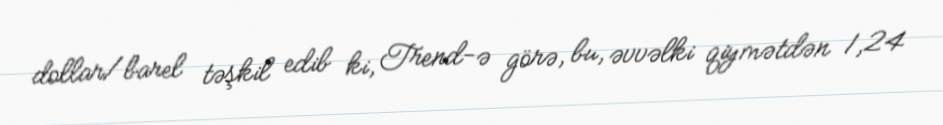
dollar/barel təşkil edib ki, Trend-ə görə, bu, əvvəlki qiymətdən 1,24